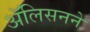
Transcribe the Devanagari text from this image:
ॲलिसनने